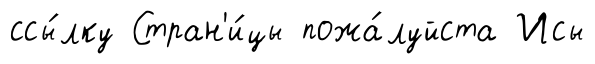
ссы́лку Стран'и́цы пожа́луйста Исы